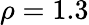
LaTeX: \rho=1.3